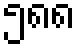
၅၈၈